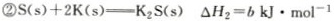
②$$S(s)+2K(s)\xlongequal [ ] { } K_{2}S(s)$$ $$\triangle H_{2}=b kJ\cdot mol^{-1}$$